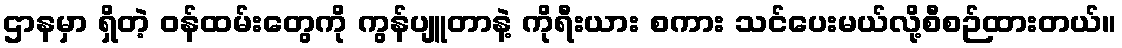
ဌာနမှာ ရှိတဲ့ ဝန်ထမ်းတွေကို ကွန်ပျူတာနဲ့ ကိုရီးယား စကား သင်ပေးမယ်လို့စီစဉ်ထားတယ်။